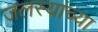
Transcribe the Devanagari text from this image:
जलस्यांच्या